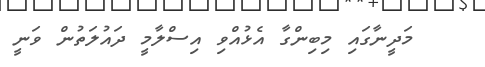
މަދީނާގައި މިބިންގާ އެޅުއްވި އިސްލާމީ ދައުލަތުން ވަނީ